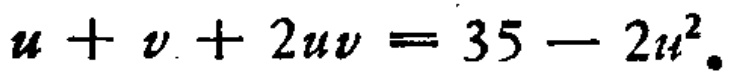
\(u + v + 2uv = 35 - 2u^{2}\)